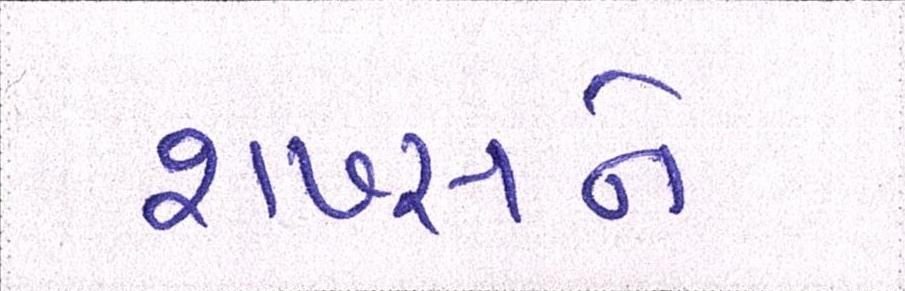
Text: શખ્સને